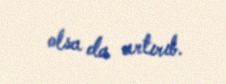
olsa da artırıb.